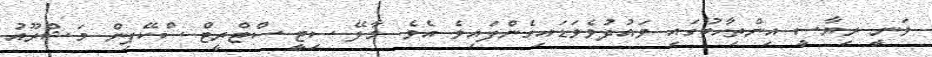
ވަނީ ރިޔާސީ އިންތިހާބުގައި ވައުދުވެވަޑައިގެންފައިވެ އެވެ. މާލޭ ސިޓީ ސްޓްރީޓް ސްކޭޕިން މަޝްރޫއު